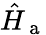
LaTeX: \hat{H}_{\mathrm{~a~}}